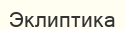
Эклиптика